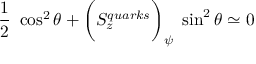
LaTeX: { \frac { 1 } { 2 } } ~ \cos ^ { 2 } \theta + \biggl ( S _ { z } ^ { q u a r k s } \biggl ) _ { \psi } ~ \sin ^ { 2 } \theta \simeq 0